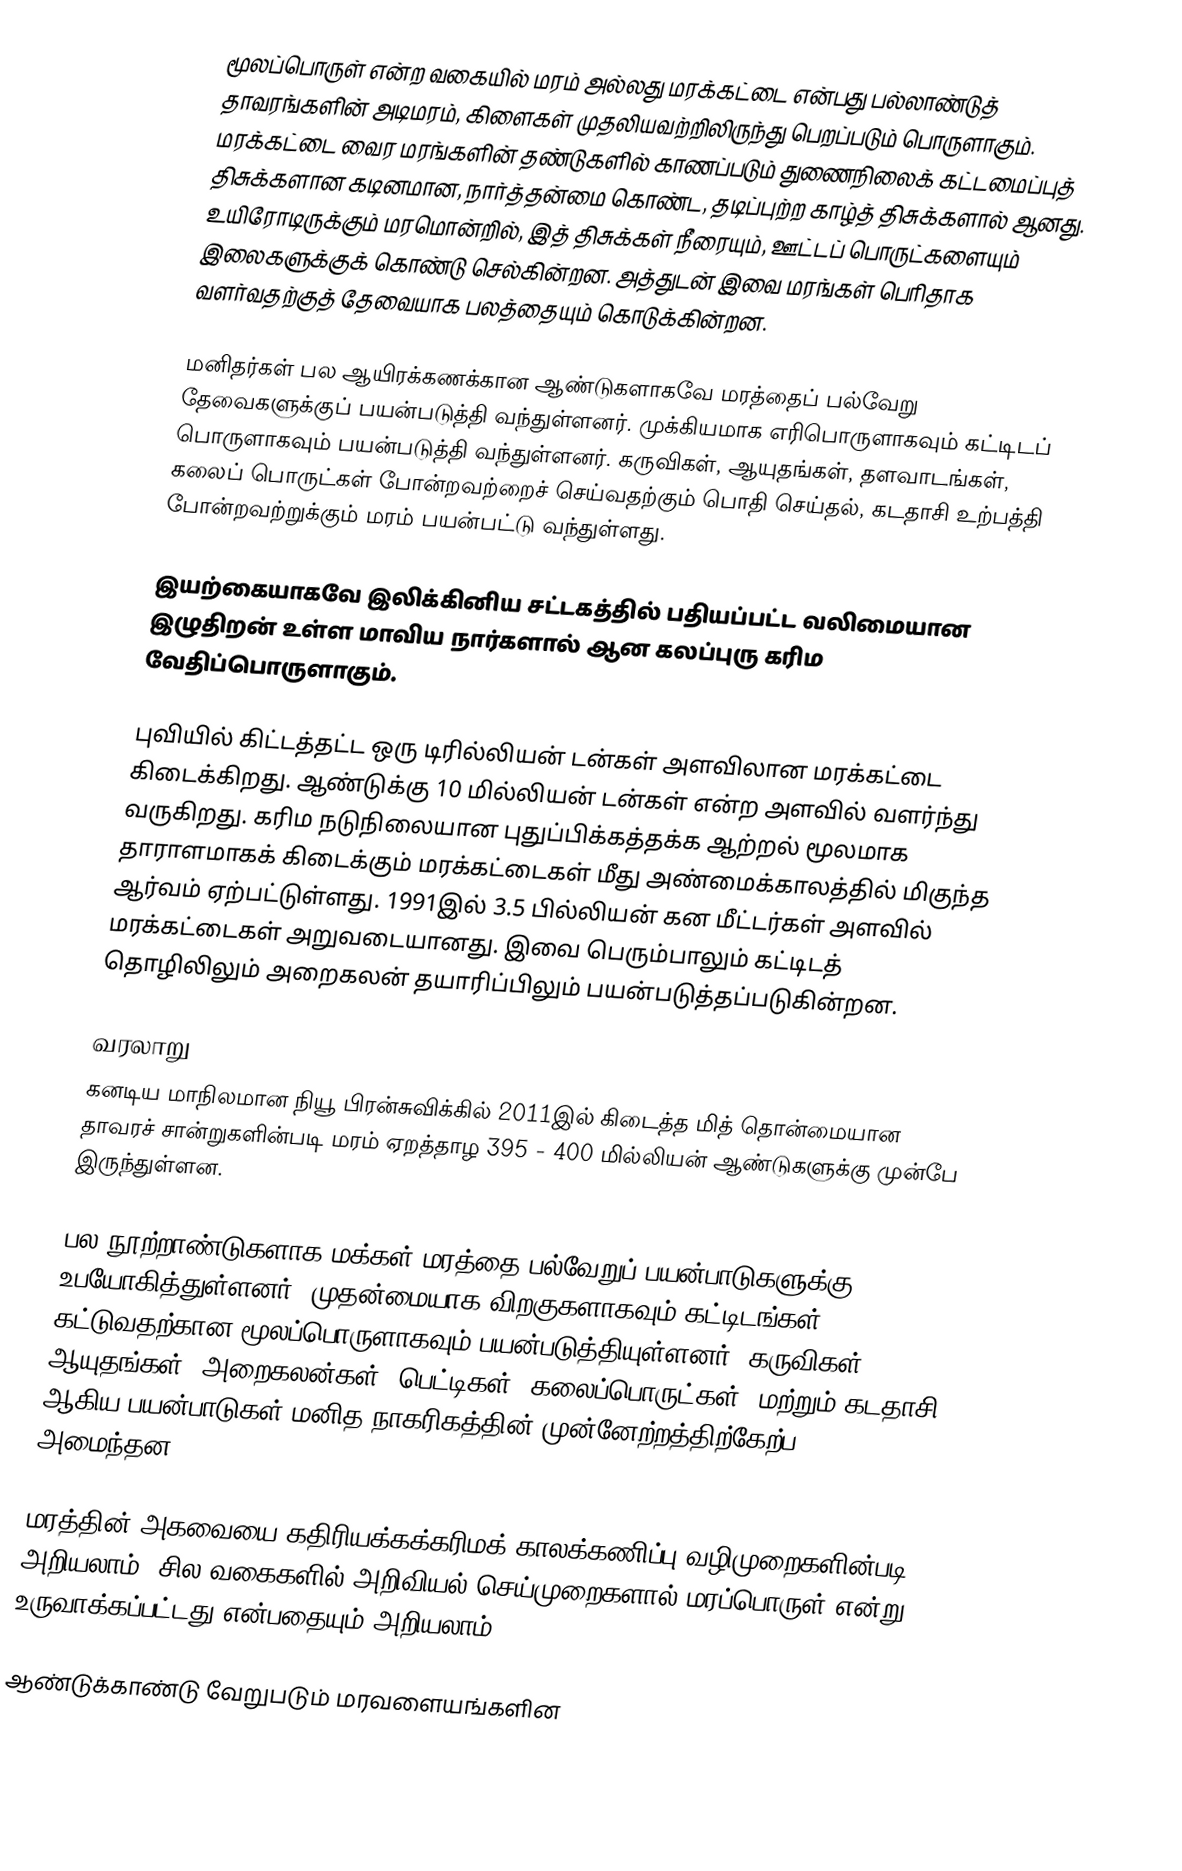
மூலப்பொருள் என்ற வகையில் மரம் அல்லது மரக்கட்டை என்பது  பல்லாண்டுத் தாவரங்களின் அடிமரம், கிளைகள் முதலியவற்றிலிருந்து பெறப்படும் பொருளாகும். மரக்கட்டை வைர மரங்களின் தண்டுகளில் காணப்படும் துணைநிலைக் கட்டமைப்புத் திசுக்களான கடினமான, நார்த்தன்மை கொண்ட, தடிப்புற்ற காழ்த் திசுக்களால் ஆனது. உயிரோடிருக்கும் மரமொன்றில், இத் திசுக்கள் நீரையும், ஊட்டப் பொருட்களையும் இலைகளுக்குக் கொண்டு செல்கின்றன. அத்துடன் இவை மரங்கள் பெரிதாக வளர்வதற்குத் தேவையாக பலத்தையும் கொடுக்கின்றன.

மனிதர்கள் பல ஆயிரக்கணக்கான ஆண்டுகளாகவே மரத்தைப் பல்வேறு தேவைகளுக்குப் பயன்படுத்தி வந்துள்ளனர். முக்கியமாக எரிபொருளாகவும் கட்டிடப் பொருளாகவும் பயன்படுத்தி வந்துள்ளனர். கருவிகள், ஆயுதங்கள், தளவாடங்கள், கலைப் பொருட்கள் போன்றவற்றைச் செய்வதற்கும் பொதி செய்தல், கடதாசி உற்பத்தி போன்றவற்றுக்கும் மரம் பயன்பட்டு வந்துள்ளது.

இயற்கையாகவே இலிக்கினிய சட்டகத்தில் பதியப்பட்ட வலிமையான இழுதிறன் உள்ள மாவிய நார்களால் ஆன கலப்புரு கரிம வேதிப்பொருளாகும்.

புவியில் கிட்டத்தட்ட ஒரு டிரில்லியன் டன்கள் அளவிலான மரக்கட்டை கிடைக்கிறது. ஆண்டுக்கு 10 மில்லியன் டன்கள் என்ற அளவில் வளர்ந்து வருகிறது. கரிம நடுநிலையான புதுப்பிக்கத்தக்க ஆற்றல் மூலமாக தாராளமாகக் கிடைக்கும் மரக்கட்டைகள்  மீது  அண்மைக்காலத்தில்  மிகுந்த ஆர்வம் ஏற்பட்டுள்ளது. 1991இல் 3.5 பில்லியன் கன மீட்டர்கள் அளவில் மரக்கட்டைகள் அறுவடையானது. இவை பெரும்பாலும் கட்டிடத் தொழிலிலும் அறைகலன் தயாரிப்பிலும் பயன்படுத்தப்படுகின்றன.

வரலாறு
கனடிய மாநிலமான நியூ பிரன்சுவிக்கில் 2011இல் கிடைத்த மித் தொன்மையான தாவரச் சான்றுகளின்படி மரம்  ஏறத்தாழ 395 - 400 மில்லியன் ஆண்டுகளுக்கு முன்பே இருந்துள்ளன.

பல நூற்றாண்டுகளாக  மக்கள் மரத்தை பல்வேறுப் பயன்பாடுகளுக்கு உபயோகித்துள்ளனர். முதன்மையாக விறகுகளாகவும் கட்டிடங்கள் கட்டுவதற்கான மூலப்பொருளாகவும் பயன்படுத்தியுள்ளனர். கருவிகள், ஆயுதங்கள், அறைகலன்கள், பெட்டிகள், கலைப்பொருட்கள், மற்றும் கடதாசி ஆகிய பயன்பாடுகள் மனித நாகரிகத்தின் முன்னேற்றத்திற்கேற்ப அமைந்தன.

மரத்தின் அகவையை கதிரியக்கக்கரிமக் காலக்கணிப்பு வழிமுறைகளின்படி அறியலாம்; சில வகைகளில் அறிவியல் செய்முறைகளால் மரப்பொருள் என்று உருவாக்கப்பட்டது என்பதையும் அறியலாம்.

ஆண்டுக்காண்டு வேறுபடும் மரவளையங்களின